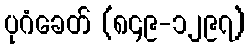
ပုဂံခေတ် (၈၄၉-၁၂၉၇)